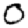
Digit: 0